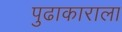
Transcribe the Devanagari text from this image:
पुढाकाराला